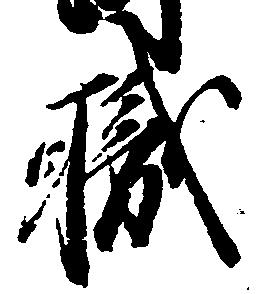
職